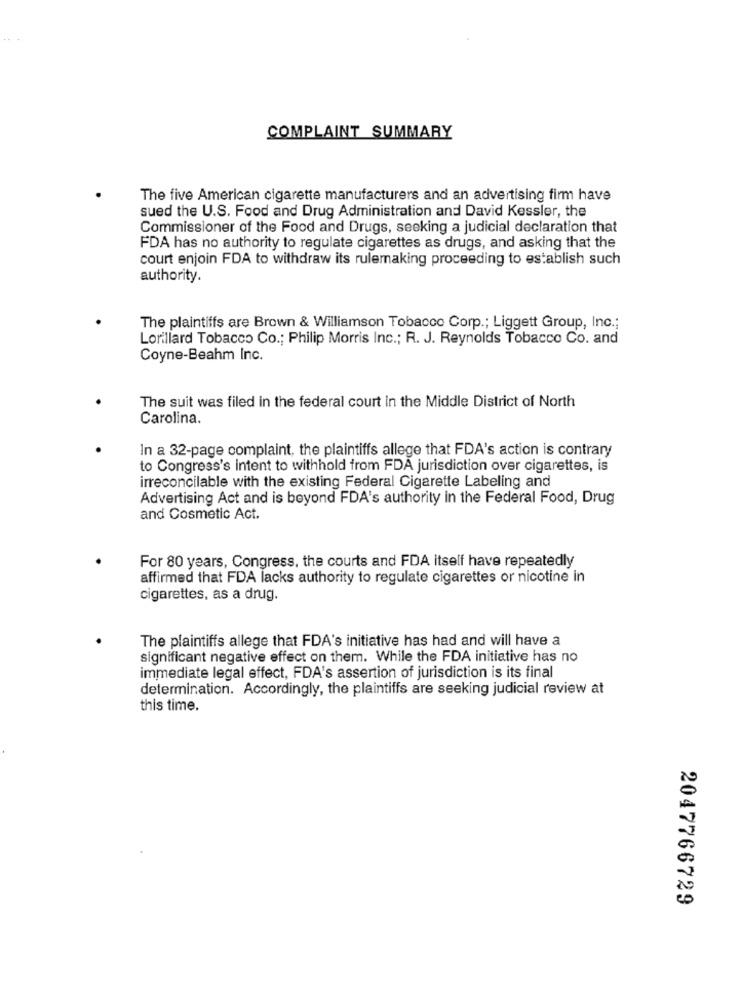
COMPLAINT SUMMARY
The five American cigarette manufacturers and an advertising firm have
sued the U.S. Food and Drug Administration and David Kessler, the
Commissioner of the Food and Drugs, seeking a judicial declaration that
FDA has no authority to regulate cigarettes as drugs, and asking that the
court enjoin FDA to withdraw its rulemaking proceeding to establish such
authority.
The plaintiffs are Brown & Williamson Tobacco Corp .; Liggett Group, Inc .;
Lorillard Tobacco Co .; Philip Morris Inc .; R. J. Reynolds Tobacco Co. and
Coyne-Beahm Inc.
The suit was filed in the federal court in the Middle District of North
Carolina.
In a 32-page complaint, the plaintiffs allege that FDA's action is contrary
to Congress's intent to withhold from FDA jurisdiction over cigarettes, is
irreconcilable with the existing Federal Cigarette Labeling and
Advertising Act and is beyond FDA's authority in the Federal Food, Drug
and Cosmetic Act.
For 80 years, Congress, the courts and FDA itself have repeatedly
affirmed that FDA lacks authority to regulate cigarettes or nicotine in
cigarettes, as a drug.
The plaintiffs allege that FDA's initiative has had and will have a
significant negative effect on them. While the FDA initiative has no
immediate legal effect, FDA's assertion of jurisdiction is its final
determination. Accordingly, the plaintiffs are seeking judicial review at
this time.
2047766729